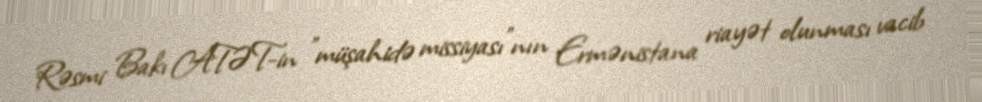
Rəsmi Bakı ATƏT-in "müşahidə missiyası"nın Ermənistana riayət olunması vacib